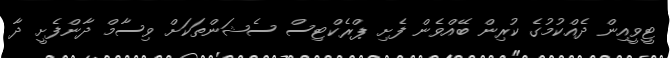
ޓީވީއިން ދެއްކުމުގެ ކުރިން ބޭއްވެން ފެށި ޕްރެކްޓިސް ސެޝަންތަކަށް ވިސާމް ދާންފެށީ ދާ